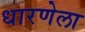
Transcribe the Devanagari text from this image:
धारणेला